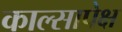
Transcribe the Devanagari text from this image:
काल्सापेक्ष